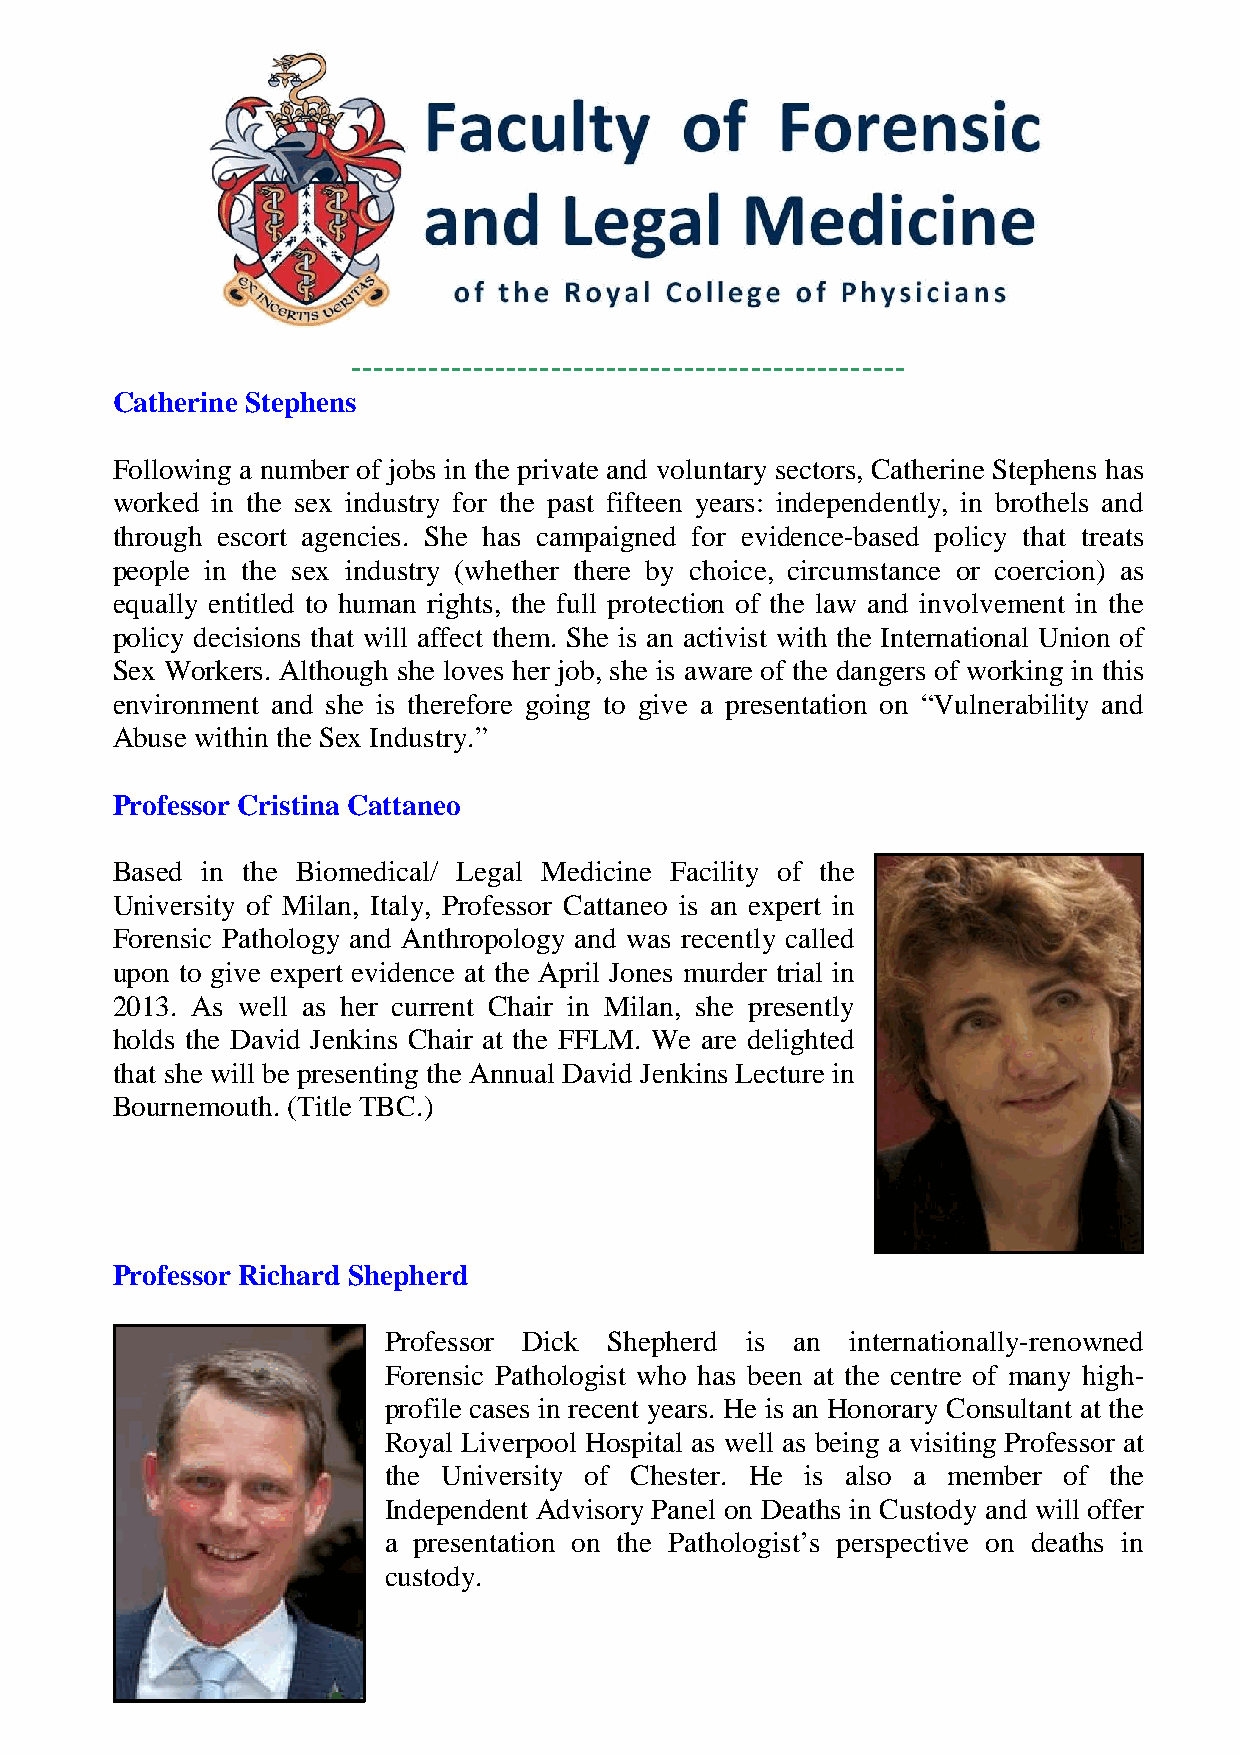
--------------------------------------------------
 Catherine Stephens
 Following a number of jobs in the private and voluntary sectors, Catherine Stephens has
 worked in the sex industry for the past fifteen years: independently, in brothels and
 through escort agencies. She has campaigned for evidence-based policy that treats
 people in the sex industry (whether there by choice, circumstance or coercion) as
 equally entitled to human rights, the full protection of the law and involvement in the
 policy decisions that will affect them. She is an activist with the International Union of
 Sex Workers. Although she loves her job, she is aware of the dangers of working in this
 environment and she is therefore going to give a presentation on “Vulnerability and
 Abuse within the Sex Industry.”
 Professor Cristina Cattaneo
 Based in the Biomedical/ Legal Medicine Facility of the
 University of Milan, Italy, Professor Cattaneo is an expert in
 Forensic Pathology and Anthropology and was recently called
 upon to give expert evidence at the April Jones murder trial in
 2013. As well as her current Chair in Milan, she presently
 holds the David Jenkins Chair at the FFLM. We are delighted
 that she will be presenting the Annual David Jenkins Lecture in
 Bournemouth. (Title TBC.)
 Professor Richard Shepherd
 Professor Dick Shepherd is  an internationally-renowned
 Forensic Pathologist who has been at the centre of many high-
 profile cases in recent years. He is an Honorary Consultant at the
 Royal Liverpool Hospital as well as being a visiting Professor at
 the University of Chester. He is also a member of the
 Independent Advisory Panel on Deaths in Custody and will offer
 a presentation on the Pathologist’s perspective on deaths in
 custody.